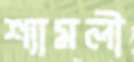
শ্যামলী